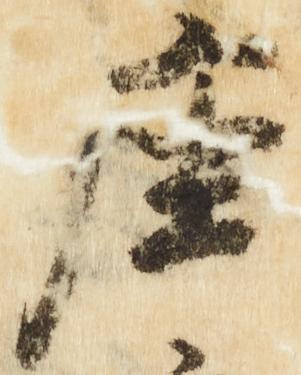
座